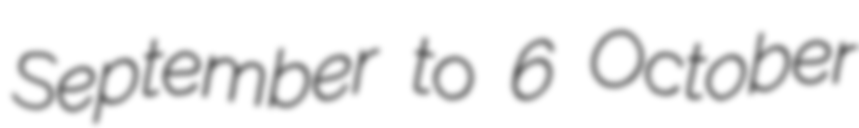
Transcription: September to 6 October